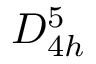
D _ { 4 h } ^ { 5 }